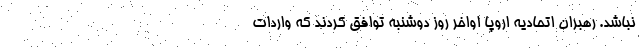
نباشد. رهبران اتحادیه اروپا اواخر روز دوشنبه توافق کردند که واردات